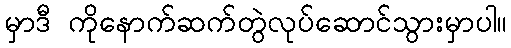
မှာဒီ ကိုနောက်ဆက်တွဲလုပ်ဆောင်သွားမှာပါ။